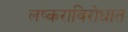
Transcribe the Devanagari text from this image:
लष्कराविरोधात